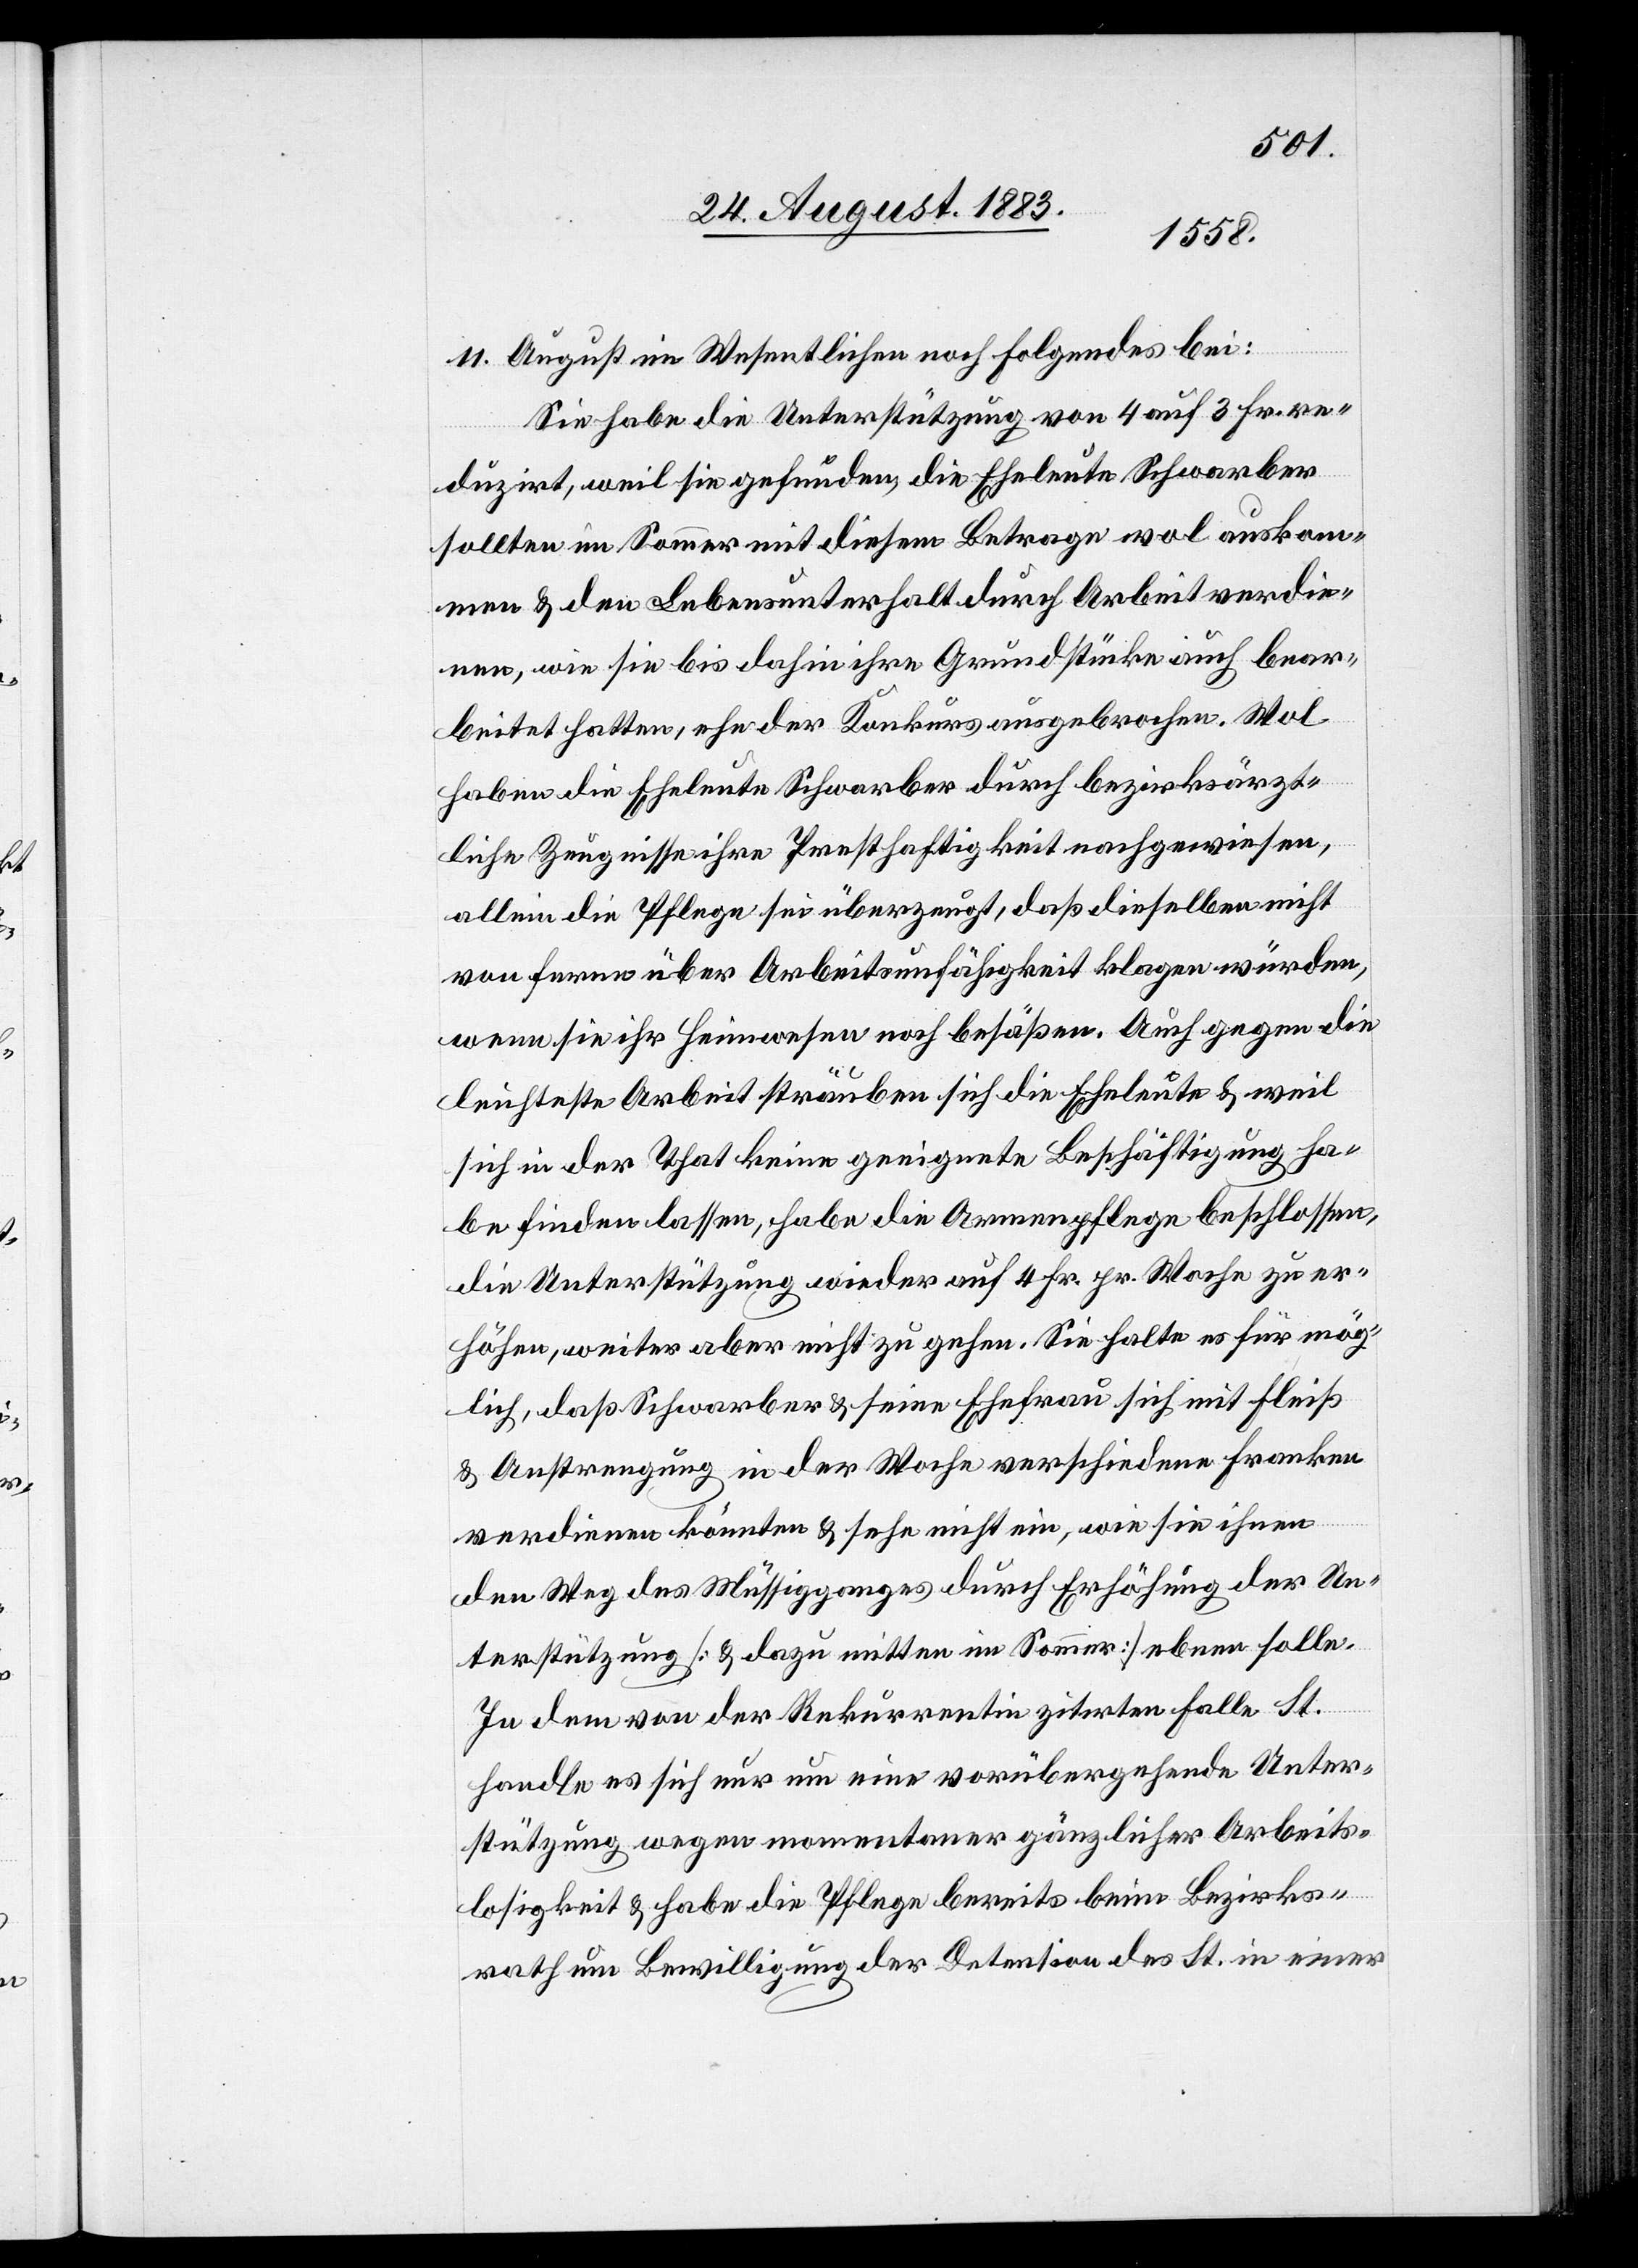
11. August im Wesentlichen noch Folgendes bei:
Sie habe die Unterstützung von 4 auf 3 Fr. re¬
duzirt, weil sie gefunden, die Eheleute Schwarber
sollten im Sommer mit diesem Betrage wol auskom¬
men & den Lebensunterhalt durch Arbeit verdie¬
nen, wie sie bis dahin ihre Grundstücke auch bear¬
beitet hatten, ehe der Konkurs ausgebrochen. Wol
haben die Eheleute Schwarber durch bezirksärzt¬
liche Zeugnisse ihre Presthaftigkeit [sic!] nachgewiesen,
allein die Pflege sei überzeugt, daß dieselben nicht
von ferne über Arbeitsunfähigkeit klagen würden,
wenn sie ihr Heimwesen noch besäßen. Auch gegen die
leichteste Arbeit sträuben sich die Eheleute & weil
sich in der That keine geeignete Beschäftigung ha¬
be finden lassen, habe die Armenpflege beschlossen,
die Unterstützung wieder auf 4 Fr. pr. Woche zu er¬
höhen, weiter aber nicht zu gehen. Sie halte es für mög¬
lich, daß Schwarber & seine Ehefrau sich mit Fleiß
und Anstrengung in der Woche verschiedene Franken
verdienen könnten & sehe nicht ein, wie sie ihnen
den Weg des Müssigganges durch Erhöhung der Un¬
terstützung [& dazu mitten im Sommer] ebnen solle.
In dem von der Rekurrentin zitirten Falle St.
handle es sich nur um eine vorübergehende Unter¬
stützung wegen momentaner gänzlicher Arbeits¬
losigkeit & habe die Pflege bereits beim Bezirks¬
rath um Bewilligung der Detesion [recte: Detention] des